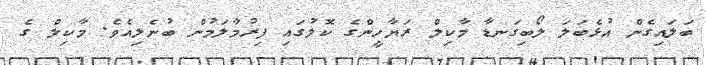
ބަލައިގެން އުޅެބަލަ ލޯބިގަނޑާ މާކިލް ރަޔާހީންގެ ކޮލުގައި ފިރުމާލަމުން ބުނެލިއެވެ. މާކިލް ގެ